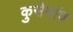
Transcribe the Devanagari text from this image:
कुसेगांव